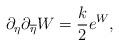
LaTeX: \begin{align*}\partial_{\eta}\partial_{\overline{\eta}}W={k\over 2}e^W,\end{align*}